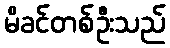
မိခင်တစ်ဦးသည်